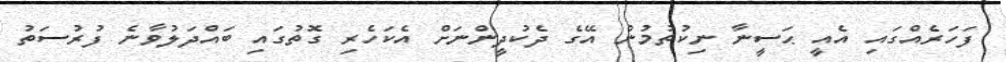
ފަހަރެއްގައި އެއީ ޙަސީނާ ނިކުތުމުން އޭގެ ދެކުދީންނަށް އެކަހެރި ގޮތުގައި ބައްދަލުވާނެ ފުރުސަތު